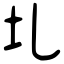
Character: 圠